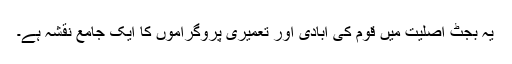
یہ بجٹ اصلیت میں قوم کی آبادی اور تعمیری پروگراموں کا ایک جامع نقشہ ہے۔